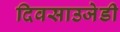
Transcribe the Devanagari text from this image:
दिवसाउजेडी